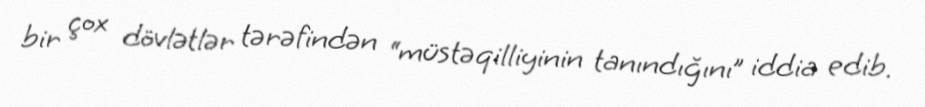
bir çox dövlətlər tərəfindən “müstəqilliyinin tanındığını” iddia edib.